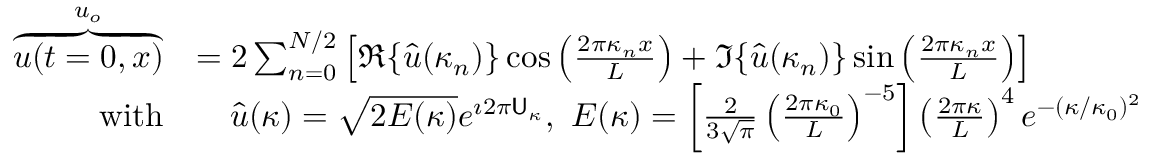
\begin{array} { r l } { \overbrace { u ( t = 0 , x ) } ^ { u _ { o } } } & { = 2 \sum _ { n = 0 } ^ { N / 2 } \left[ \Re \{ \hat { u } ( \kappa _ { n } ) \} \cos \left( \frac { 2 \pi \kappa _ { n } x } { L } \right) + \Im \{ \hat { u } ( \kappa _ { n } ) \} \sin \left( \frac { 2 \pi \kappa _ { n } x } { L } \right) \right] } \\ { \mathrm { w i t h } } & { \quad \hat { u } ( \kappa ) = \sqrt { 2 E ( \kappa ) } e ^ { \imath 2 \pi \mathsf { U } _ { \kappa } } , \ E ( \kappa ) = \left[ \frac { 2 } { 3 \sqrt { \pi } } \left( \frac { 2 \pi \kappa _ { 0 } } { L } \right) ^ { - 5 } \right] \left( \frac { 2 \pi \kappa } { L } \right) ^ { 4 } e ^ { - ( \kappa / \kappa _ { 0 } ) ^ { 2 } } } \end{array}